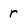
Character: r